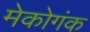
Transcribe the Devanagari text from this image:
मेकोगंक